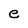
Character: e